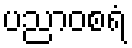
ပညာဝစရံ